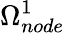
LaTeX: \Omega_{node}^{1}